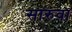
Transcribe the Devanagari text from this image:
सारुवा